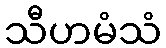
သီဟမံသံ